画像に写った文字を読んでください
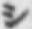
「シ」と書いてあります